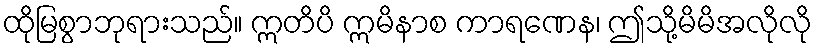
ထိုမြစွာဘုရားသည်။ ဣတိပိ ဣမိနာစ ကာရဏေန၊ ဤသို့မိမိအလိုလို